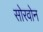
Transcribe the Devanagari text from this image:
सोरवोन